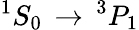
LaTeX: ^{1}S_{0}\, \rightarrow\, ^{3}P_{1}